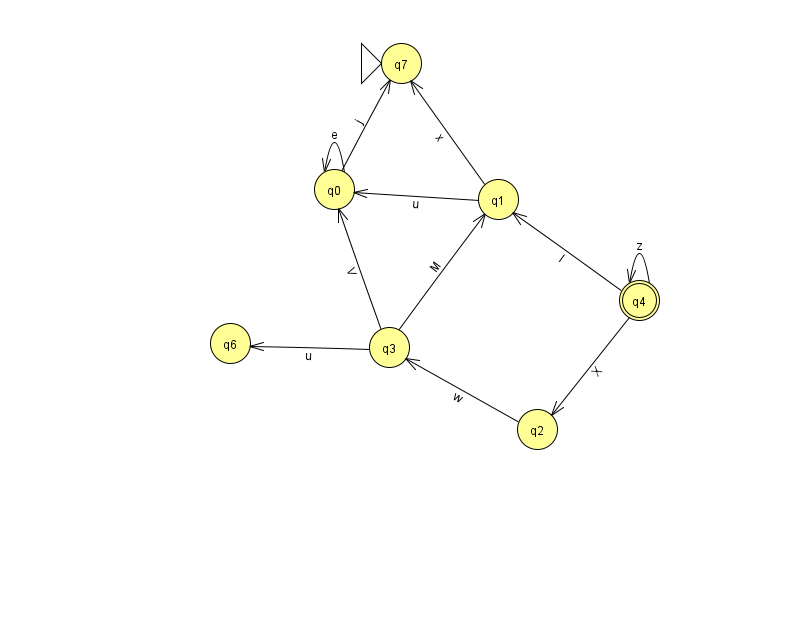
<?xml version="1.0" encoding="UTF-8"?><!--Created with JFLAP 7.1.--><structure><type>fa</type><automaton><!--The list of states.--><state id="0" name="q0"><x>334.0</x><y>176.0</y></state><state id="1" name="q1"><x>498.0</x><y>186.0</y></state><state id="2" name="q2"><x>537.0</x><y>416.0</y></state><state id="3" name="q3"><x>389.0</x><y>334.0</y></state><state id="4" name="q4"><x>639.0</x><y>287.0</y><final/></state><state id="6" name="q6"><x>230.0</x><y>330.0</y></state><state id="7" name="q7"><x>401.0</x><y>50.0</y><initial/></state><!--The list of transitions.--><transition><from>1</from><to>0</to><read>u</read></transition><transition><from>3</from><to>0</to><read>V</read></transition><transition><from>4</from><to>2</to><read>X</read></transition><transition><from>0</from><to>0</to><read>e</read></transition><transition><from>1</from><to>7</to><read>x</read></transition><transition><from>4</from><to>4</to><read>z</read></transition><transition><from>2</from><to>3</to><read>w</read></transition><transition><from>0</from><to>7</to><read>j</read></transition><transition><from>4</from><to>1</to><read>l</read></transition><transition><from>3</from><to>1</to><read>M</read></transition><transition><from>3</from><to>6</to><read>u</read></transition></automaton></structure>